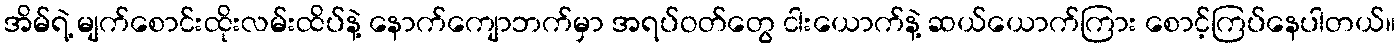
အိမ်ရဲ့ မျက်စောင်းထိုးလမ်းထိပ်နဲ့ နောက်ကျောဘက်မှာ အရပ်ဝတ်တွေ ငါးယောက်နဲ့ ဆယ်ယောက်ကြား စောင့်ကြပ်နေပါတယ်။